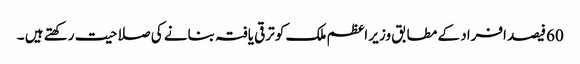
60فیصد افراد کے مطابق وزیر اعظم ملک کو ترقی یافتہ بنانے کی صلاحیت رکھتے ہیں ۔